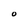
Character: O